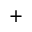
^ +